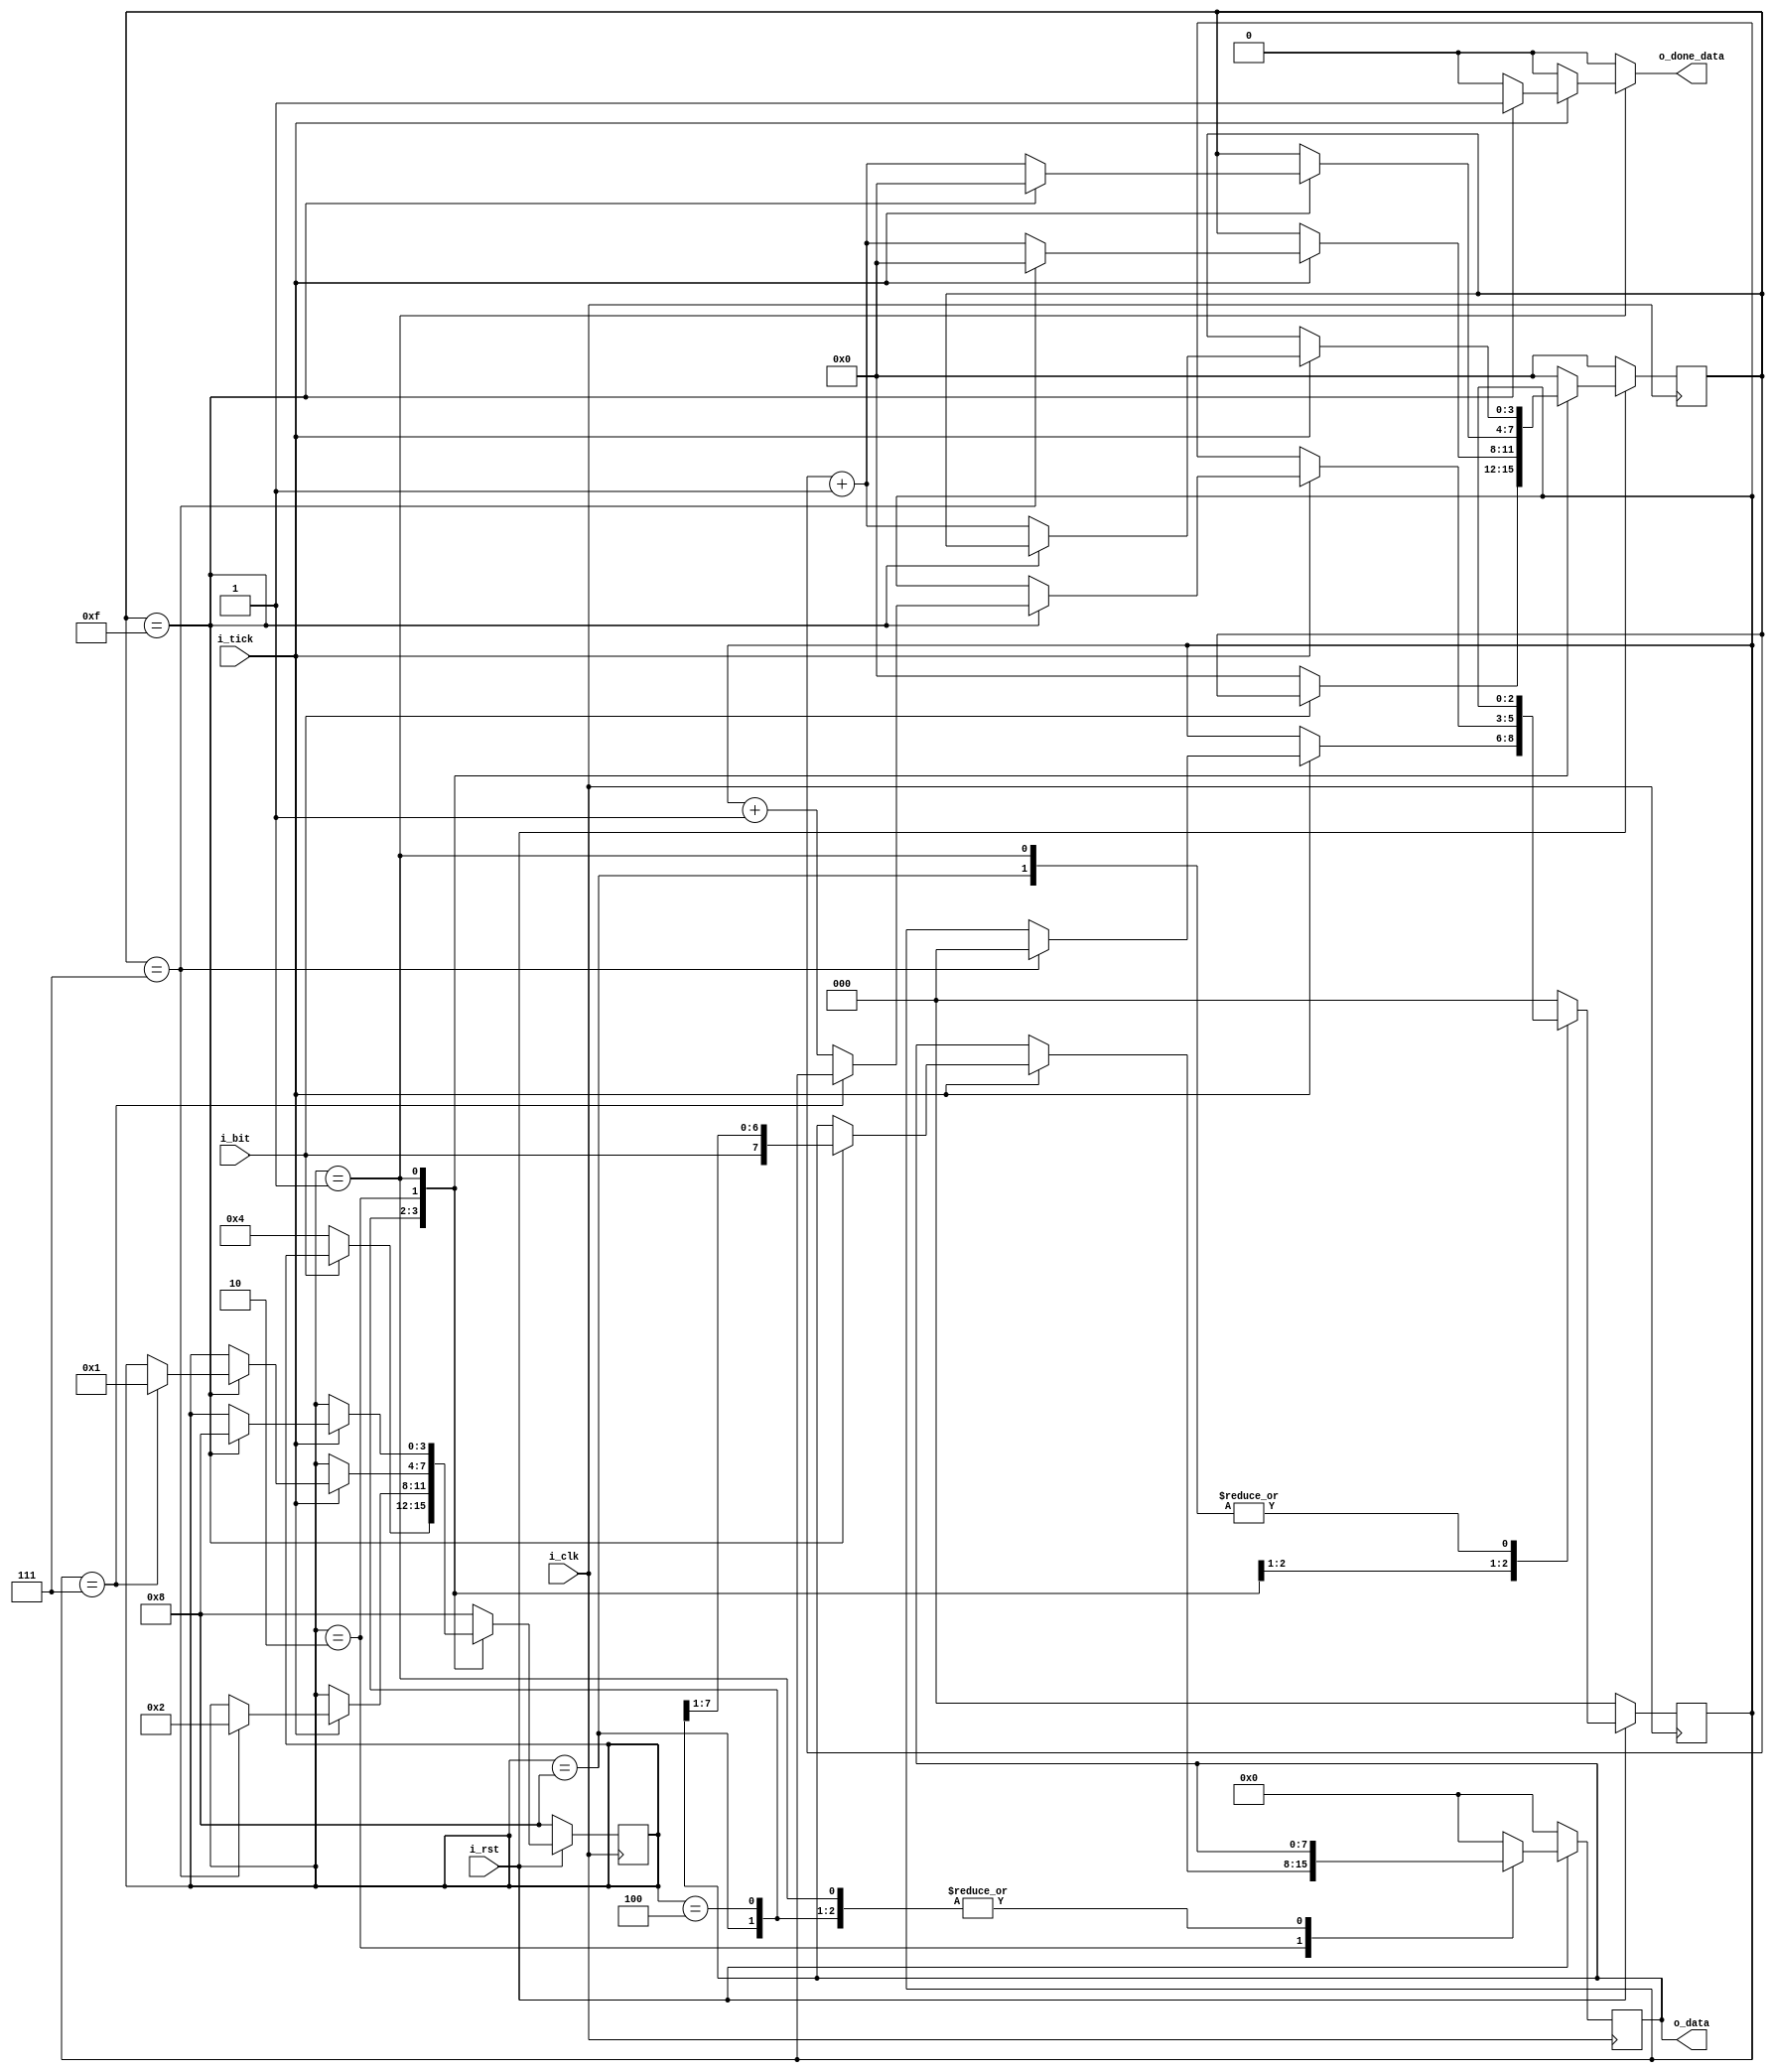
`timescale 1ns / 1ps
//////////////////////////////////////////////////////////////////////////////////
// Company: 
// Engineer: 
// 
// Design Name: 
// Module Name: rx
// Project Name: 
// Target Devices: 
// Tool Versions: 
// Description: 
// 
// Dependencies: 
// 
// Revision:
// Revision 0.01 - File Created
// Additional Comments:
// 
//////////////////////////////////////////////////////////////////////////////////


module rx
#(
    parameter NB_DATA = 8, //DATA BITS
    parameter SB_TICK = 16 // TICKS FOR STOP BITS
)
(
    input i_clk,
    input i_rst,
    input i_bit, //Senial que recibe los bit de entrada
    input i_tick, //Senial de control que indica cuando muestrear
    output reg o_done_data, //Dato listo
    output [NB_DATA-1:0] o_data //Dato de salida
); 

	localparam LEN_DATA_COUNTER = $clog2(NB_DATA); 
	localparam LEN_NUM_TICKS_COUNTER = $clog2(SB_TICK); 

	localparam	[3:0] IDLE 	= 4'b 1000;
	localparam	[3:0] START	= 4'b 0100;
	localparam	[3:0] DATA	= 4'b 0010;
	localparam	[3:0] STOP 	= 4'b 0001;

	reg [3:0] state, state_next; //Estados a transitar
	reg [LEN_NUM_TICKS_COUNTER - 1:0] acc_tick, acc_tick_next; //Acumulador de tick
	reg [LEN_DATA_COUNTER - 1:0] num_bits, num_bits_next; //Bits recibidos
	reg [NB_DATA - 1:0] buffer, buffer_next; //Almacena el dato recibido

	assign o_data = buffer; 

	always @(posedge i_clk) 
	begin 
		if (!i_rst)
		begin 
			state <= IDLE; 
			acc_tick <= 0; 
			num_bits <= 0; 
			buffer <= 0; 
		end
		else 
		begin 
			state <= state_next; 
			acc_tick <= acc_tick_next; 
			num_bits <= num_bits_next; 
			buffer <= buffer_next; 
		end
	end 

	// lgica prxima estado
	always @(*) 
	begin 
		state_next = state; 
		o_done_data = 1'b 0; 
		acc_tick_next = acc_tick;
		num_bits_next = num_bits; 
		buffer_next = buffer; 

		case (state)
			IDLE : 
				if (~i_bit) 
				begin 
					state_next = START; 
					acc_tick_next = 0; 
				end 
			
			START : 
				if (i_tick) 
				begin
					if (acc_tick==(SB_TICK>>1)-1) 
					begin 
						state_next = DATA; 
						acc_tick_next = 0; 
						num_bits_next = 0; 
					end 
					else 
						acc_tick_next = acc_tick + 1;
                end
			
			DATA : 
				if (i_tick)
				begin
					if (acc_tick==SB_TICK-1)
					begin 
						acc_tick_next = 0; 
						buffer_next = {i_bit , buffer [NB_DATA-1 : 1]}; 
						if (num_bits==(NB_DATA-1)) 
							state_next = STOP; 
						else 
							num_bits_next = num_bits + 1; 
					end 
					else
						acc_tick_next = acc_tick + 1;
			    end

			STOP : 
				if (i_tick)
				begin
					if (acc_tick==(SB_TICK-1)) 
					begin 
						state_next = IDLE; 
						o_done_data =1'b 1; 
					end 
					else 
						acc_tick_next = acc_tick + 1;
                end

            default :
            begin
				state_next = IDLE; 
				acc_tick_next = 0; 
				num_bits_next = 0; 
				buffer_next = 0;
			end
        endcase
	end 
endmodule